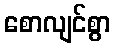
စောလျင်စွာ